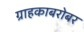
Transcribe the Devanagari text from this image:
ग्राहकाबरोबर